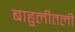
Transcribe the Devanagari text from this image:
बाहुलीतली